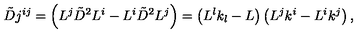
\tilde { D } j ^ { i j } = \left( L ^ { j } \tilde { D } ^ { 2 } L ^ { i } - L ^ { i } \tilde { D } ^ { 2 } L ^ { j } \right) = \left( L ^ { l } k _ { l } - L \right) \left( L ^ { j } k ^ { i } - L ^ { i } k ^ { j } \right) ,